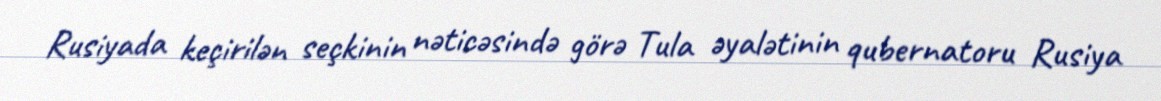
Rusiyada keçirilən seçkinin nəticəsində görə Tula əyalətinin qubernatoru Rusiya